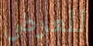
للعرض